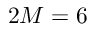
2 M = 6